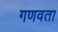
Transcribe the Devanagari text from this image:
गणवता